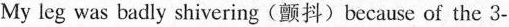
My leg was badly shivering(颤抖)because of the 3-